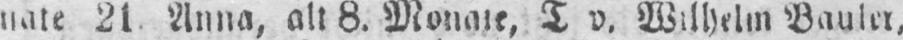
nate 21. Anna, alt 8. Monate, T v. Wilhelm Bauler,